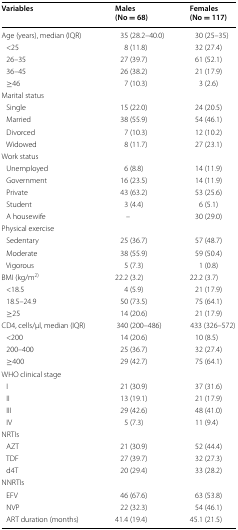
<table><thead><tr><td><b>Variables</b></td><td><b>Males(No = 68)</b></td><td><b>Females(No = 117)</b></td></tr></thead><tbody><tr><td>Age (years), median (IQR)</td><td>35 (28.2–40.0)</td><td>30 (25–35)</td></tr><tr><td> &lt;25</td><td>8 (11.8)</td><td>32 (27.4)</td></tr><tr><td> 26–35</td><td>27 (39.7)</td><td>61 (52.1)</td></tr><tr><td> 36–45</td><td>26 (38.2)</td><td>21 (17.9)</td></tr><tr><td> ≥46</td><td>7 (10.3)</td><td>3 (2.6)</td></tr><tr><td colspan="3">Marital status</td></tr><tr><td> Single</td><td> 15 (22.0)</td><td>24 (20.5)</td></tr><tr><td> Married</td><td>38 (55.9)</td><td>54 (46.1)</td></tr><tr><td> Divorced</td><td>7 (10.3)</td><td>12 (10.2)</td></tr><tr><td> Widowed</td><td>8 (11.7)</td><td>27 (23.1)</td></tr><tr><td colspan="3">Work status</td></tr><tr><td> Unemployed</td><td>6 (8.8)</td><td>14 (11.9)</td></tr><tr><td> Government</td><td>16 (23.5)</td><td>14 (11.9)</td></tr><tr><td> Private</td><td>43 (63.2)</td><td>53 (25.6)</td></tr><tr><td> Student</td><td>3 (4.4)</td><td>6 (5.1)</td></tr><tr><td> A housewife</td><td>–</td><td>30 (29.0)</td></tr><tr><td colspan="3">Physical exercise</td></tr><tr><td> Sedentary</td><td>25 (36.7)</td><td>57 (48.7)</td></tr><tr><td> Moderate</td><td>38 (55.9)</td><td>59 (50.4)</td></tr><tr><td> Vigorous</td><td>5 (7.3)</td><td>1 (0.8)</td></tr><tr><td>BMI (kg/m<sup>2)</sup></td><td>22.2 (3.2)</td><td>22.2 (3.7)</td></tr><tr><td> &lt;18.5</td><td>4 (5.9)</td><td>21 (17.9)</td></tr><tr><td> 18.5–24.9</td><td>50 (73.5)</td><td>75 (64.1)</td></tr><tr><td> ≥25</td><td>14 (20.6)</td><td>21 (17.9)</td></tr><tr><td>CD4, cells/μl, median (IQR)</td><td>340 (200–486)</td><td>433 (326–572)</td></tr><tr><td> &lt;200</td><td>14 (20.6)</td><td>10 (8.5)</td></tr><tr><td> 200–400</td><td>25 (36.7)</td><td>32 (27.4)</td></tr><tr><td> ≥400</td><td>29 (42.7)</td><td>75 (64.1)</td></tr><tr><td colspan="3">WHO clinical stage</td></tr><tr><td> I</td><td>21 (30.9)</td><td>37 (31.6)</td></tr><tr><td> II</td><td>13 (19.1)</td><td>21 (17.9)</td></tr><tr><td> III</td><td>29 (42.6)</td><td>48 (41.0)</td></tr><tr><td> IV</td><td>5 (7.3)</td><td>11 (9.4)</td></tr><tr><td colspan="3">NRTIs</td></tr><tr><td> AZT</td><td>21 (30.9)</td><td>52 (44.4)</td></tr><tr><td> TDF</td><td>27 (39.7)</td><td>32 (27.3)</td></tr><tr><td> d4T</td><td>20 (29.4)</td><td>33 (28.2)</td></tr><tr><td colspan="3">NNRTIs</td></tr><tr><td> EFV</td><td>46 (67.6)</td><td>63 (53.8)</td></tr><tr><td> NVP</td><td>22 (32.3)</td><td>54 (46.1)</td></tr><tr><td> ART duration (months)</td><td>41.4 (19.4)</td><td>45.1 (21.5)</td></tr></tbody></table>